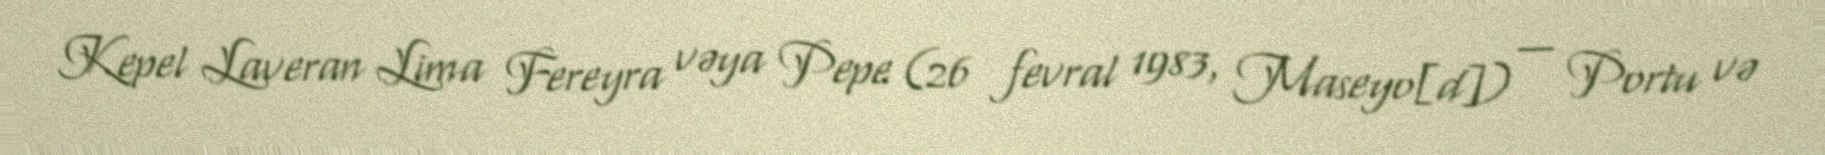
Kepel Laveran Lima Fereyra vəya Pepe (26 fevral 1983, Maseyo[d]) — Portu və